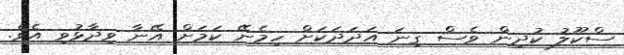
ސްކޫލު ކުދިން ވެސް ގިނަ އަދަދަކަށް ހިމެނޭ ކަމަށް އޭނާ ވިދާޅުވި އެވެ.